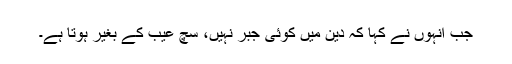
جب انہوں نے کہا کہ دین میں کوئی جبر نہیں، سچ عیب کے بغیر ہوتا ہے۔